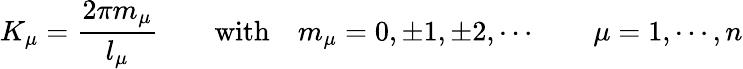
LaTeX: K_{\mu}=\frac{2\pi m_{\mu}}{l_{\mu}}\qquad\mathrm{with}\quad m_{\mu}=0,\pm 1,\pm 2,\cdots\qquad\mu=1,\cdots,n